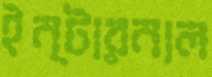
ইন্টারনাল